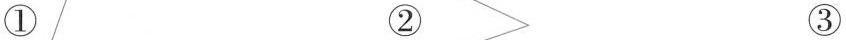
① ② ③